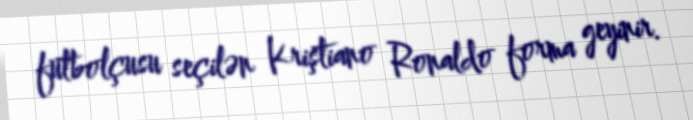
futbolçusu seçilən Kriştiano Ronaldo forma geyinir.